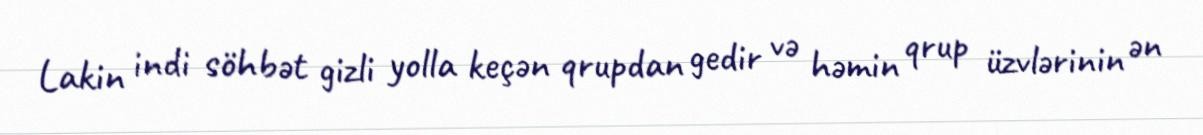
Lakin indi söhbət gizli yolla keçən qrupdan gedir və həmin qrup üzvlərinin ən